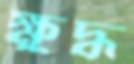
ক্ষুদ্ধ